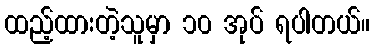
ထည့်ထားတဲ့သူမှာ ၁၀ အုပ် ရပါတယ်။